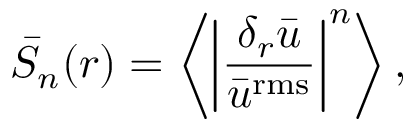
\bar { S } _ { n } ( r ) = \left\langle \left| \frac { \delta _ { r } \bar { u } } { \bar { u } ^ { \mathrm { r m s } } } \right| ^ { n } \right\rangle ,